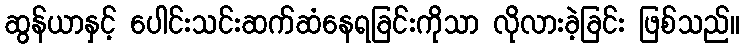
ဆွန်ယာနှင့် ပေါင်းသင်းဆက်ဆံနေရခြင်းကိုသာ လိုလားခဲ့ခြင်း ဖြစ်သည်။